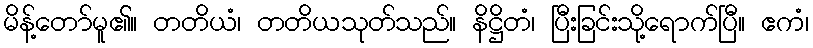
မိန့်တော်မူ၏။ တတိယံ၊ တတိယသုတ်သည်။ နိဋ္ဌိတံ၊ ပြီးခြင်းသို့ရောက်ပြီ။ ဧကံ၊